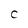
Character: C